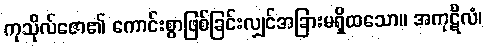
ကုသိုလ်ဇော၏ ကောင်းစွာဖြစ်ခြင်းလျှင်အခြားမရှိထသော။ အကုဋိလံ၊